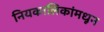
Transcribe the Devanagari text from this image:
नियकालिकांमधून